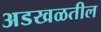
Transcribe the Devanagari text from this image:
अडखळतील